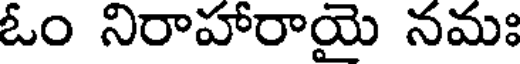
ఓం నిరాహారాయై నమః